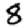
Digit: 8